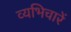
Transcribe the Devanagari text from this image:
व्यभिचारें